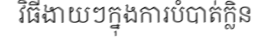
វិធីងាយៗក្នុងការបំបាត់ក្លិន